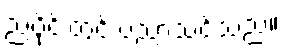
ညပိုင်းတွင် ပညာသင်သည်။